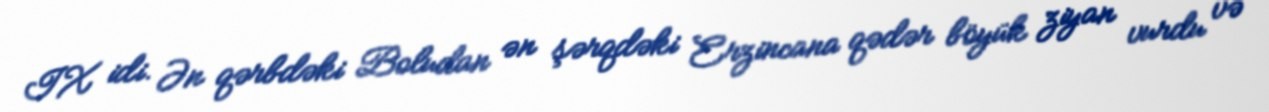
IX idi. Ən qərbdəki Boludan ən şərqdəki Erzincana qədər böyük ziyan vurdu və